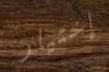
إختيار